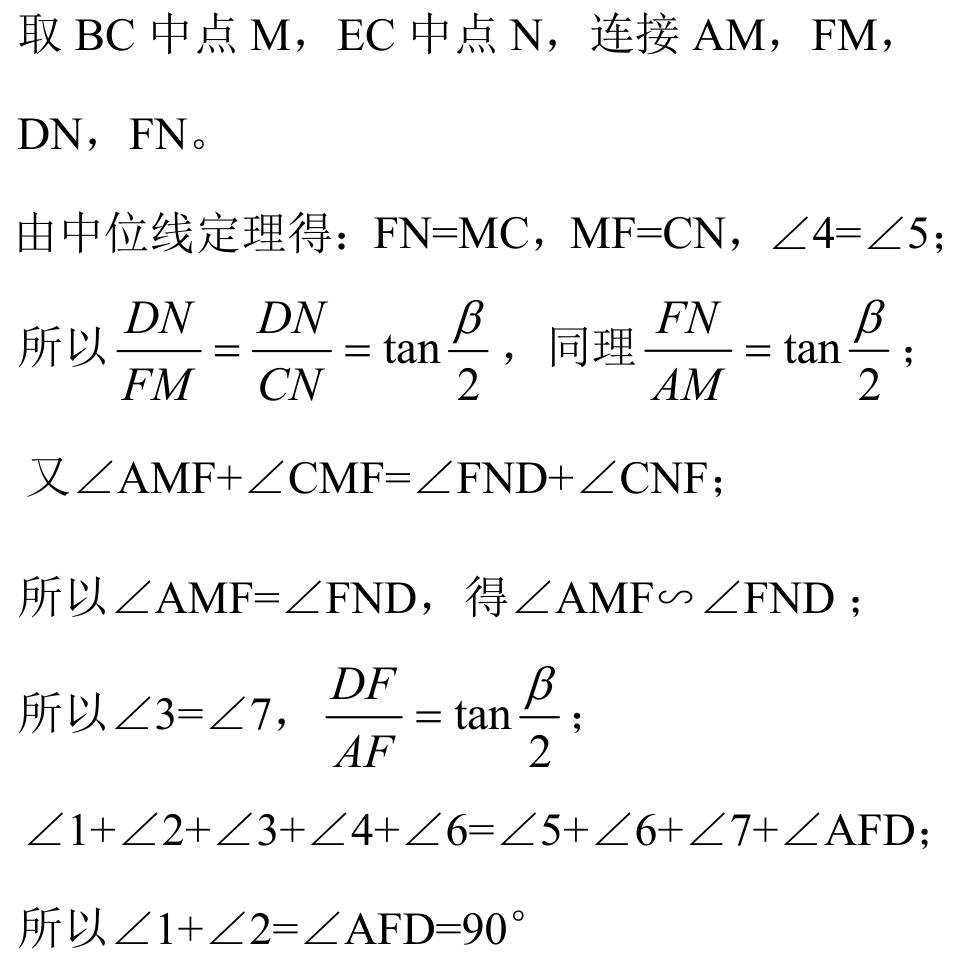
取\(BC\)中点\(M\)，\(EC\)中点\(N\)，连接\(AM\)，\(FM\)，\(DN\)，\(FN\)。
由中位线定理得：\(FN = MC\)，\(MF = CN\)，\(\angle4=\angle5\)；
所以\(\frac{DN}{FM}=\frac{DN}{CN}=\tan\frac{\beta}{2}\)，同理\(\frac{FN}{AM}=\tan\frac{\beta}{2}\)；
又\(\angle AMF+\angle CMF=\angle FND+\angle CNF\)；
所以\(\angle AMF=\angle FND\)，得\(\angle AMF\sim\angle FND\)；
所以\(\angle3=\angle7\)，\(\frac{DF}{AF}=\tan\frac{\beta}{2}\)；
\(\angle1+\angle2+\angle3+\angle4+\angle6=\angle5+\angle6+\angle7+\angle AFD\)；
所以\(\angle1+\angle2=\angle AFD = 90^{\circ}\)